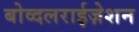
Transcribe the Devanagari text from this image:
बोव्दलराईज़ेशन